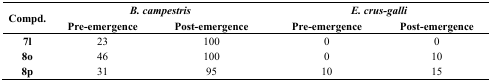
| <ROWSPAN=2> Compd. | <COLSPAN=2> B. campestris | <COLSPAN=2> E. crus-galli |
 | Pre-emergence | Post-emergence | Pre-emergence | Post-emergence |
 | --- | --- | --- | --- | --- |
 | 7l | 23 | 100 | 0 | 0 |
 | 8o | 46 | 100 | 0 | 10 |
 | 8p | 31 | 95 | 10 | 15 |